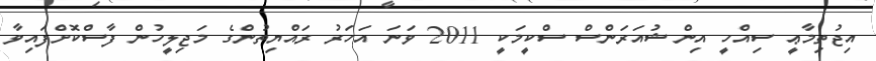
އިޖުތިމާޢީ ސިއްހީ އިންޝުއަރަންސް ސްކީމަކީ 2011 ވަނަ އަހަރު ރައްޔިތުންގެ މަޖިލީހުން ފާސްކޮށްފައިވާ